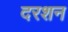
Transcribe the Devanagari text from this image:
दरशन